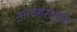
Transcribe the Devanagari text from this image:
ओव्हरलुक